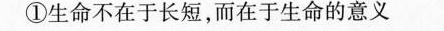
①生命不在于长短，而在于生命的意义